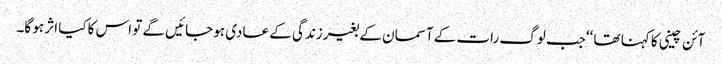
آئن چینی کا کہنا تھا ‘‘جب لوگ رات کے آسمان کے بغیر زندگی کے عادی ہو جائیں گے تو اس کاکیا اثر ہو گا۔